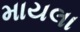
માયલા